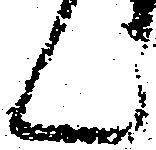
ん